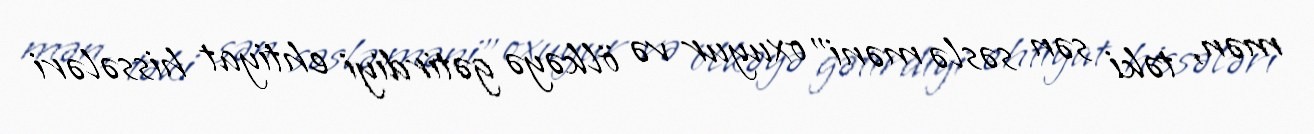
mən, təki sən səslə məni” oxuyur və ölkəyə gətirdiyi ehtiyat hissələri